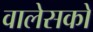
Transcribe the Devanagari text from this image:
वालेसको